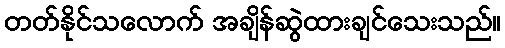
တတ်နိုင်သလောက် အချိန်ဆွဲထားချင်သေးသည်။